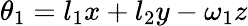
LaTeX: \theta_{1}=l_{1}x+l_{2}y-\omega_{1}z